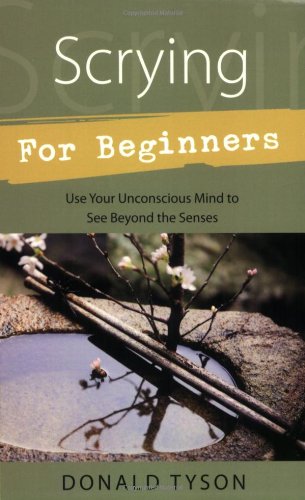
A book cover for Scrying For Beginners (For Beginners (Llewellyn's)); Donald Tyson; Religion & Spirituality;